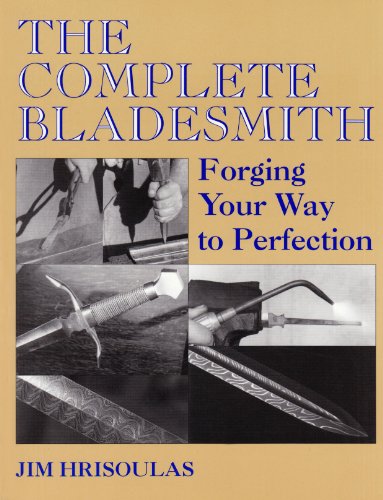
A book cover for The Complete Bladesmith: Forging Your Way To Perfection; Jim Hrisoulas; Crafts, Hobbies & Home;